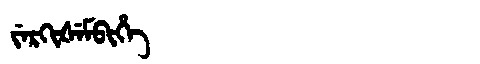
Manchu: ᠵᡝᡵᡴᡳᡧᡝᠮᠪᡳᡥᡝ
Romanization: JERKIŠEMBIHE